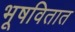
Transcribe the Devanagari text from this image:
भूषवितात